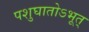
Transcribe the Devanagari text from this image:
पशुघातोऽभूत्‌